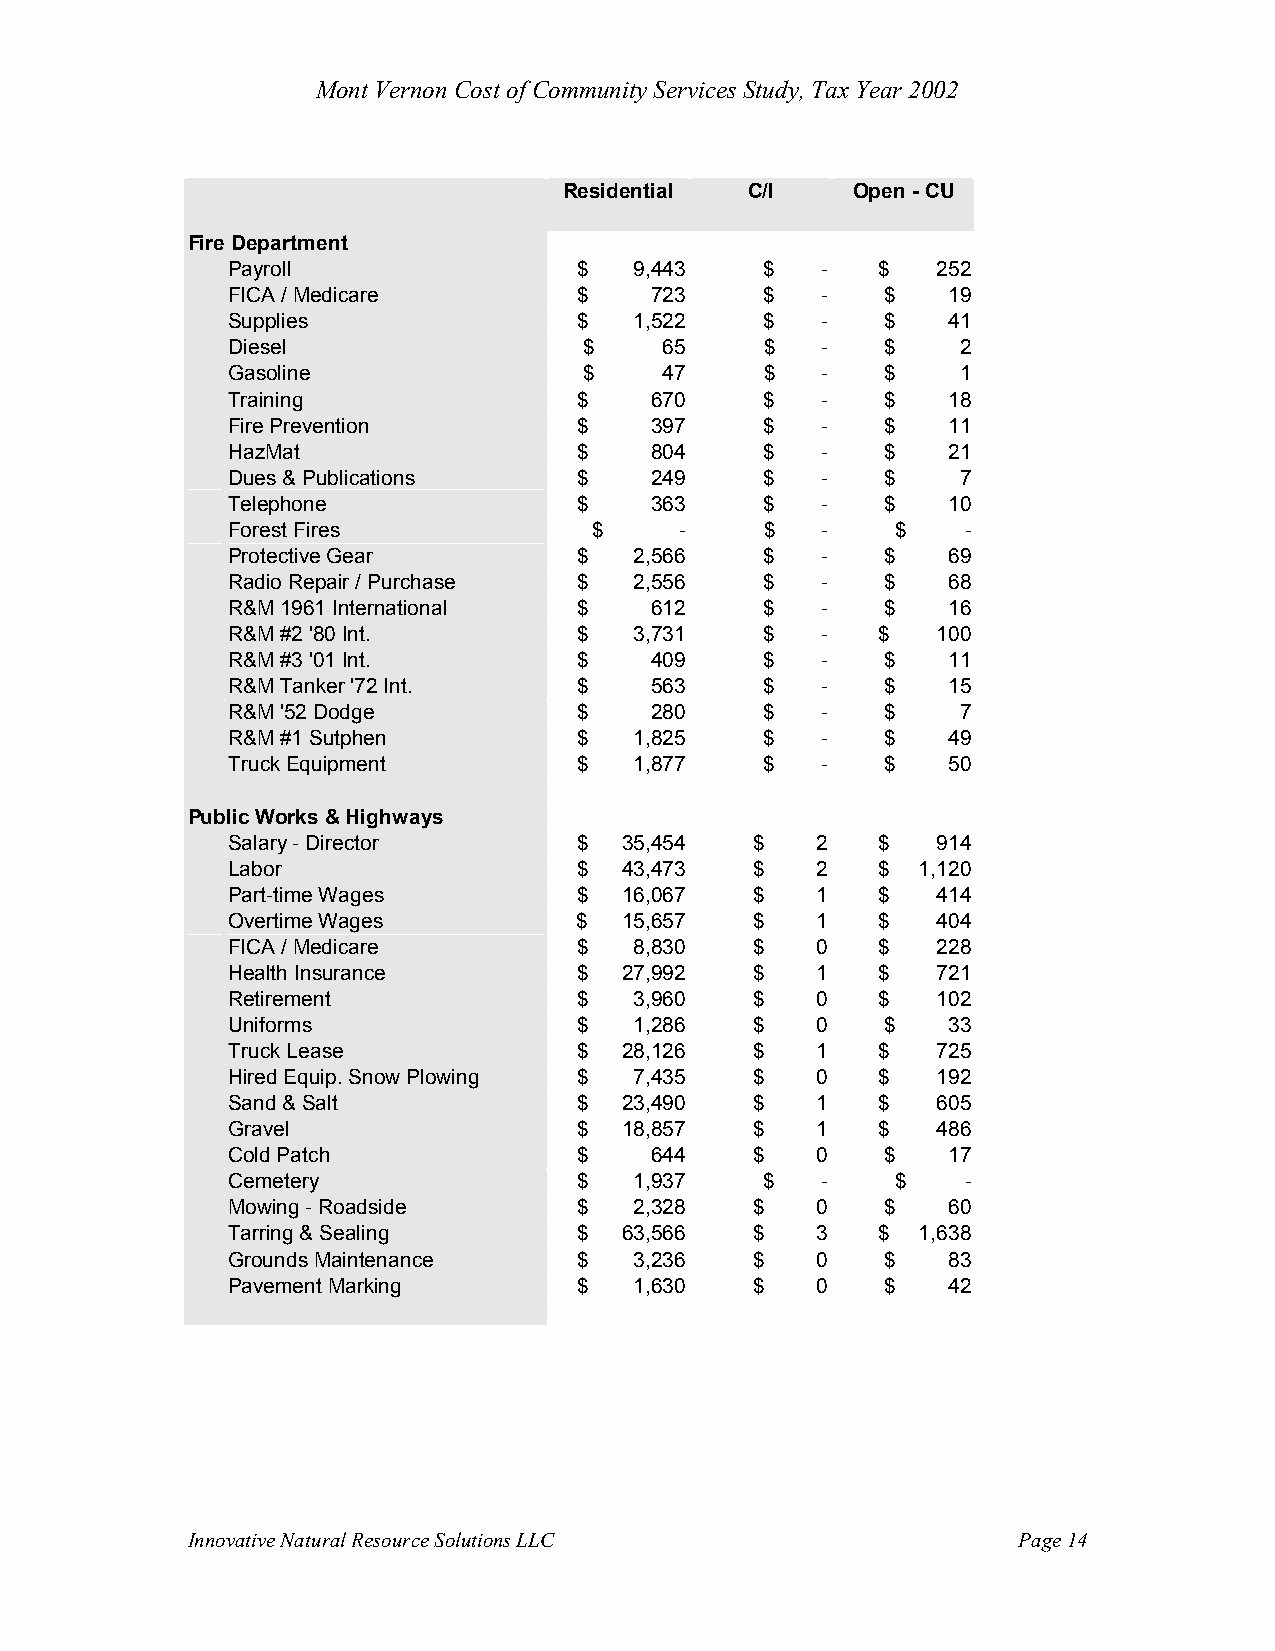
Mont Vernon Cost of Community Services Study, Tax Year 2002
 Residential  C/I   Open - CU
 Fire Department
 Payroll                $   9,443    $  -   $   252
 FICA / Medicare        $    723     $  -    $   19
 Supplies               $   1,522    $  -    $   41
 Diesel                  $    65     $  -    $    2
 Gasoline                $    47     $  -    $    1
 Training               $    670     $  -    $   18
 Fire Prevention        $    397     $  -    $   11
 HazMat                 $    804     $  -    $   21
 Dues & Publications    $    249     $  -    $    7
 Telephone              $    363     $  -    $   10
 Forest Fires            $     -     $  -    $    -
 Protective Gear        $   2,566    $  -    $   69
 Radio Repair / Purchase $  2,556    $  -    $   68
 R&M 1961 International $    612     $  -    $   16
 R&M #2 '80 Int.        $   3,731    $  -   $   100
 R&M #3 '01 Int.        $    409     $  -    $   11
 R&M Tanker '72 Int.    $    563     $  -    $   15
 R&M '52 Dodge          $    280     $  -    $    7
 R&M #1 Sutphen         $   1,825    $  -    $   49
 Truck Equipment        $   1,877    $  -    $   50
 Public Works & Highways
 Salary - Director      $  35,454   $   2   $   914
 Labor                  $  43,473   $   2   $  1,120
 Part-time Wages        $  16,067   $   1   $   414
 Overtime Wages         $  15,657   $   1   $   404
 FICA / Medicare        $   8,830   $   0   $   228
 Health Insurance       $  27,992   $   1   $   721
 Retirement             $   3,960   $   0   $   102
 Uniforms               $   1,286   $   0    $   33
 Truck Lease            $  28,126   $   1   $   725
 Hired Equip. Snow Plowing $ 7,435  $   0   $   192
 Sand & Salt            $  23,490   $   1   $   605
 Gravel                 $  18,857   $   1   $   486
 Cold Patch             $    644    $   0    $   17
 Cemetery               $   1,937    $  -    $    -
 Mowing - Roadside      $   2,328   $   0    $   60
 Tarring & Sealing      $  63,566   $   3   $  1,638
 Grounds Maintenance    $   3,236   $   0    $   83
 Pavement Marking       $   1,630   $   0    $   42
 Innovative Natural Resource Solutions LLC              Page 14